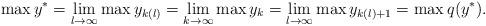
LaTeX: \begin{align*}\max y^* = \lim_{l\to\infty} \max y_{k(l)} = \lim_{k\to\infty} \max y_k = \lim_{l\to\infty} \max y_{k(l)+1} = \max q(y^*) .\end{align*}